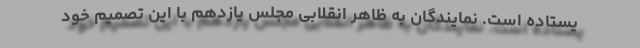
یستاده است. نمایندگان به ظاهر انقلابی مجلس یازدهم با این تصمیم خود